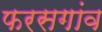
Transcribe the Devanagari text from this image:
फरसगांव